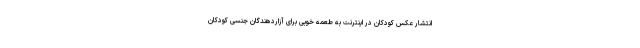
انتشار عکس کودکان در اینترنت به طعمه خوبی برای آزاردهندگان جنسی کودکان